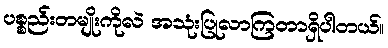
ပစ္စည်းတမျိုးကိုလဲ အသုံးပြုလာကြတာရှိပါတယ်။